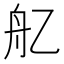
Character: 𦨇